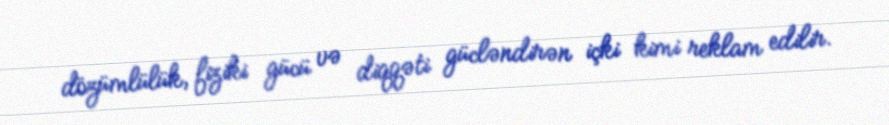
dözümlülük, fiziki gücü və diqqəti gücləndirən içki kimi reklam edilir.